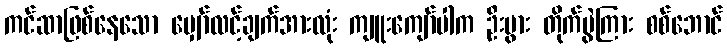
ကင်ဆာဖြစ်နေသော မျှော်လင့်ချက်အားလုံး ကျူးကျော်ပါက ဦးပွား တိုက်ပွဲကြား စစ်ဘောင်